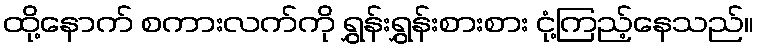
ထို့နောက် စကားလက်ကို ရွှန်းရွှန်းစားစား ငုံ့ကြည့်နေသည်။